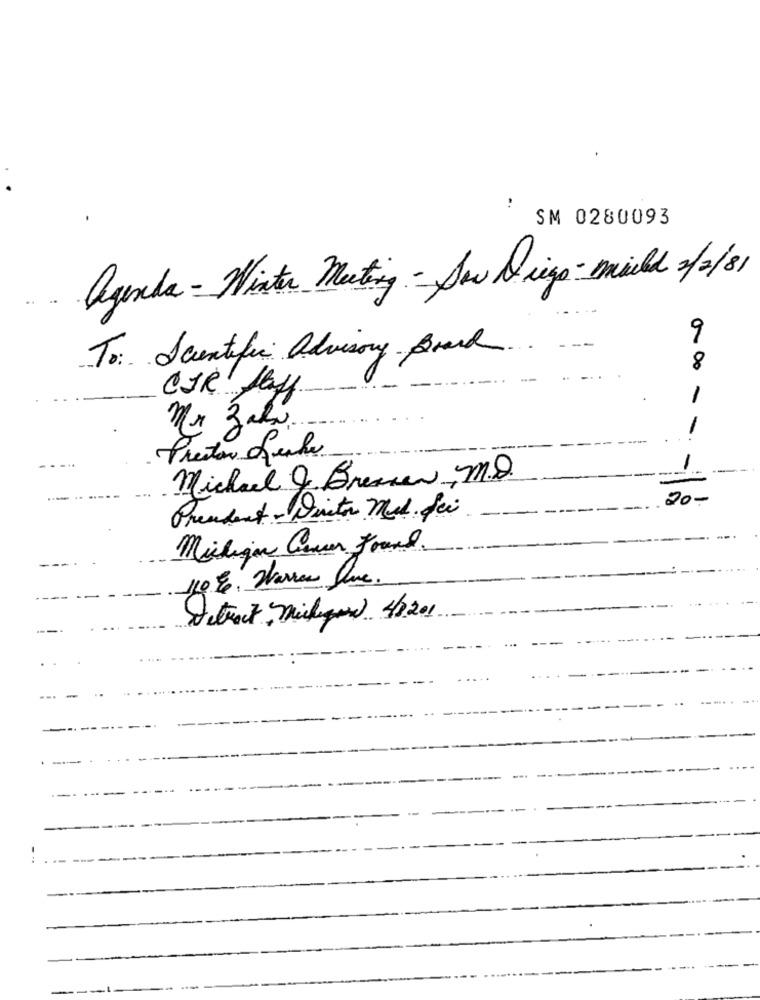
SM 0280093
agenda - Winter Meting - Sow Diego - mild 2/2/81
9
To: Scientific Advisory Board
8
CIR faff
-
Mr Zelo.
Preston frente
--
Michael J. Bremsen, M.D.
20-
President - Distor Med. fri
Michigan Gever Found.
110€. Warres Sive.
Detract milyon 41201